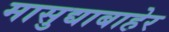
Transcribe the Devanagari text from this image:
मासुद्याबाहेर